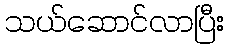
သယ်ဆောင်လာပြီး